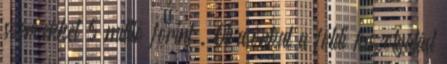
szervekkel 5 millió forint . Olvasónkat a földi kiszolgálást